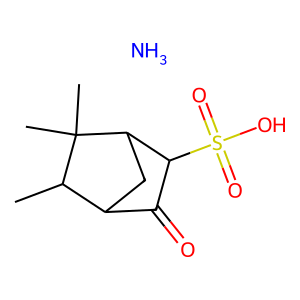
SMILES: CC1C2CC(C(S(=O)(=O)O)C2=O)C1(C)C.N
Inhibits HIV replication: No